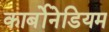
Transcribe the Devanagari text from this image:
कार्बोनेडियम